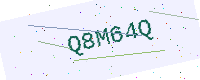
Text: Q8M64Q